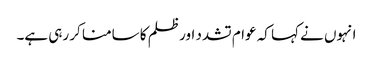
انہوں نے کہا کہ عوام تشدد اور ظلم کا سامنا کر رہی ہے۔